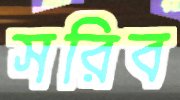
সরিব